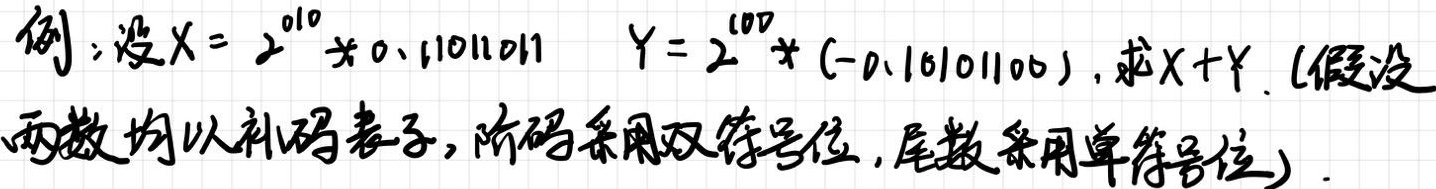
例：设$X = 2^{010} \times 0.11011011$，$Y = 2^{100} \times (-0.10101100)$，求$X + Y$.（假设两数均以补码表示，阶码采用双符号位，尾数采用单符号位）